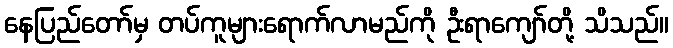
နေပြည်တော်မှ တပ်ကူများရောက်လာမည်ကို ဦးရာကျော်တို့ သိသည်။